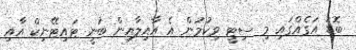
ބޮޑު އަގެއްގައި މި ސިޓީ ވިކުމުން އެ އާއިލާއިން ބުނީ ޓައިޓޭނިކް އާއި